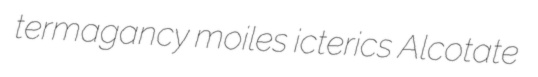
termagancy moiles icterics Alcotate